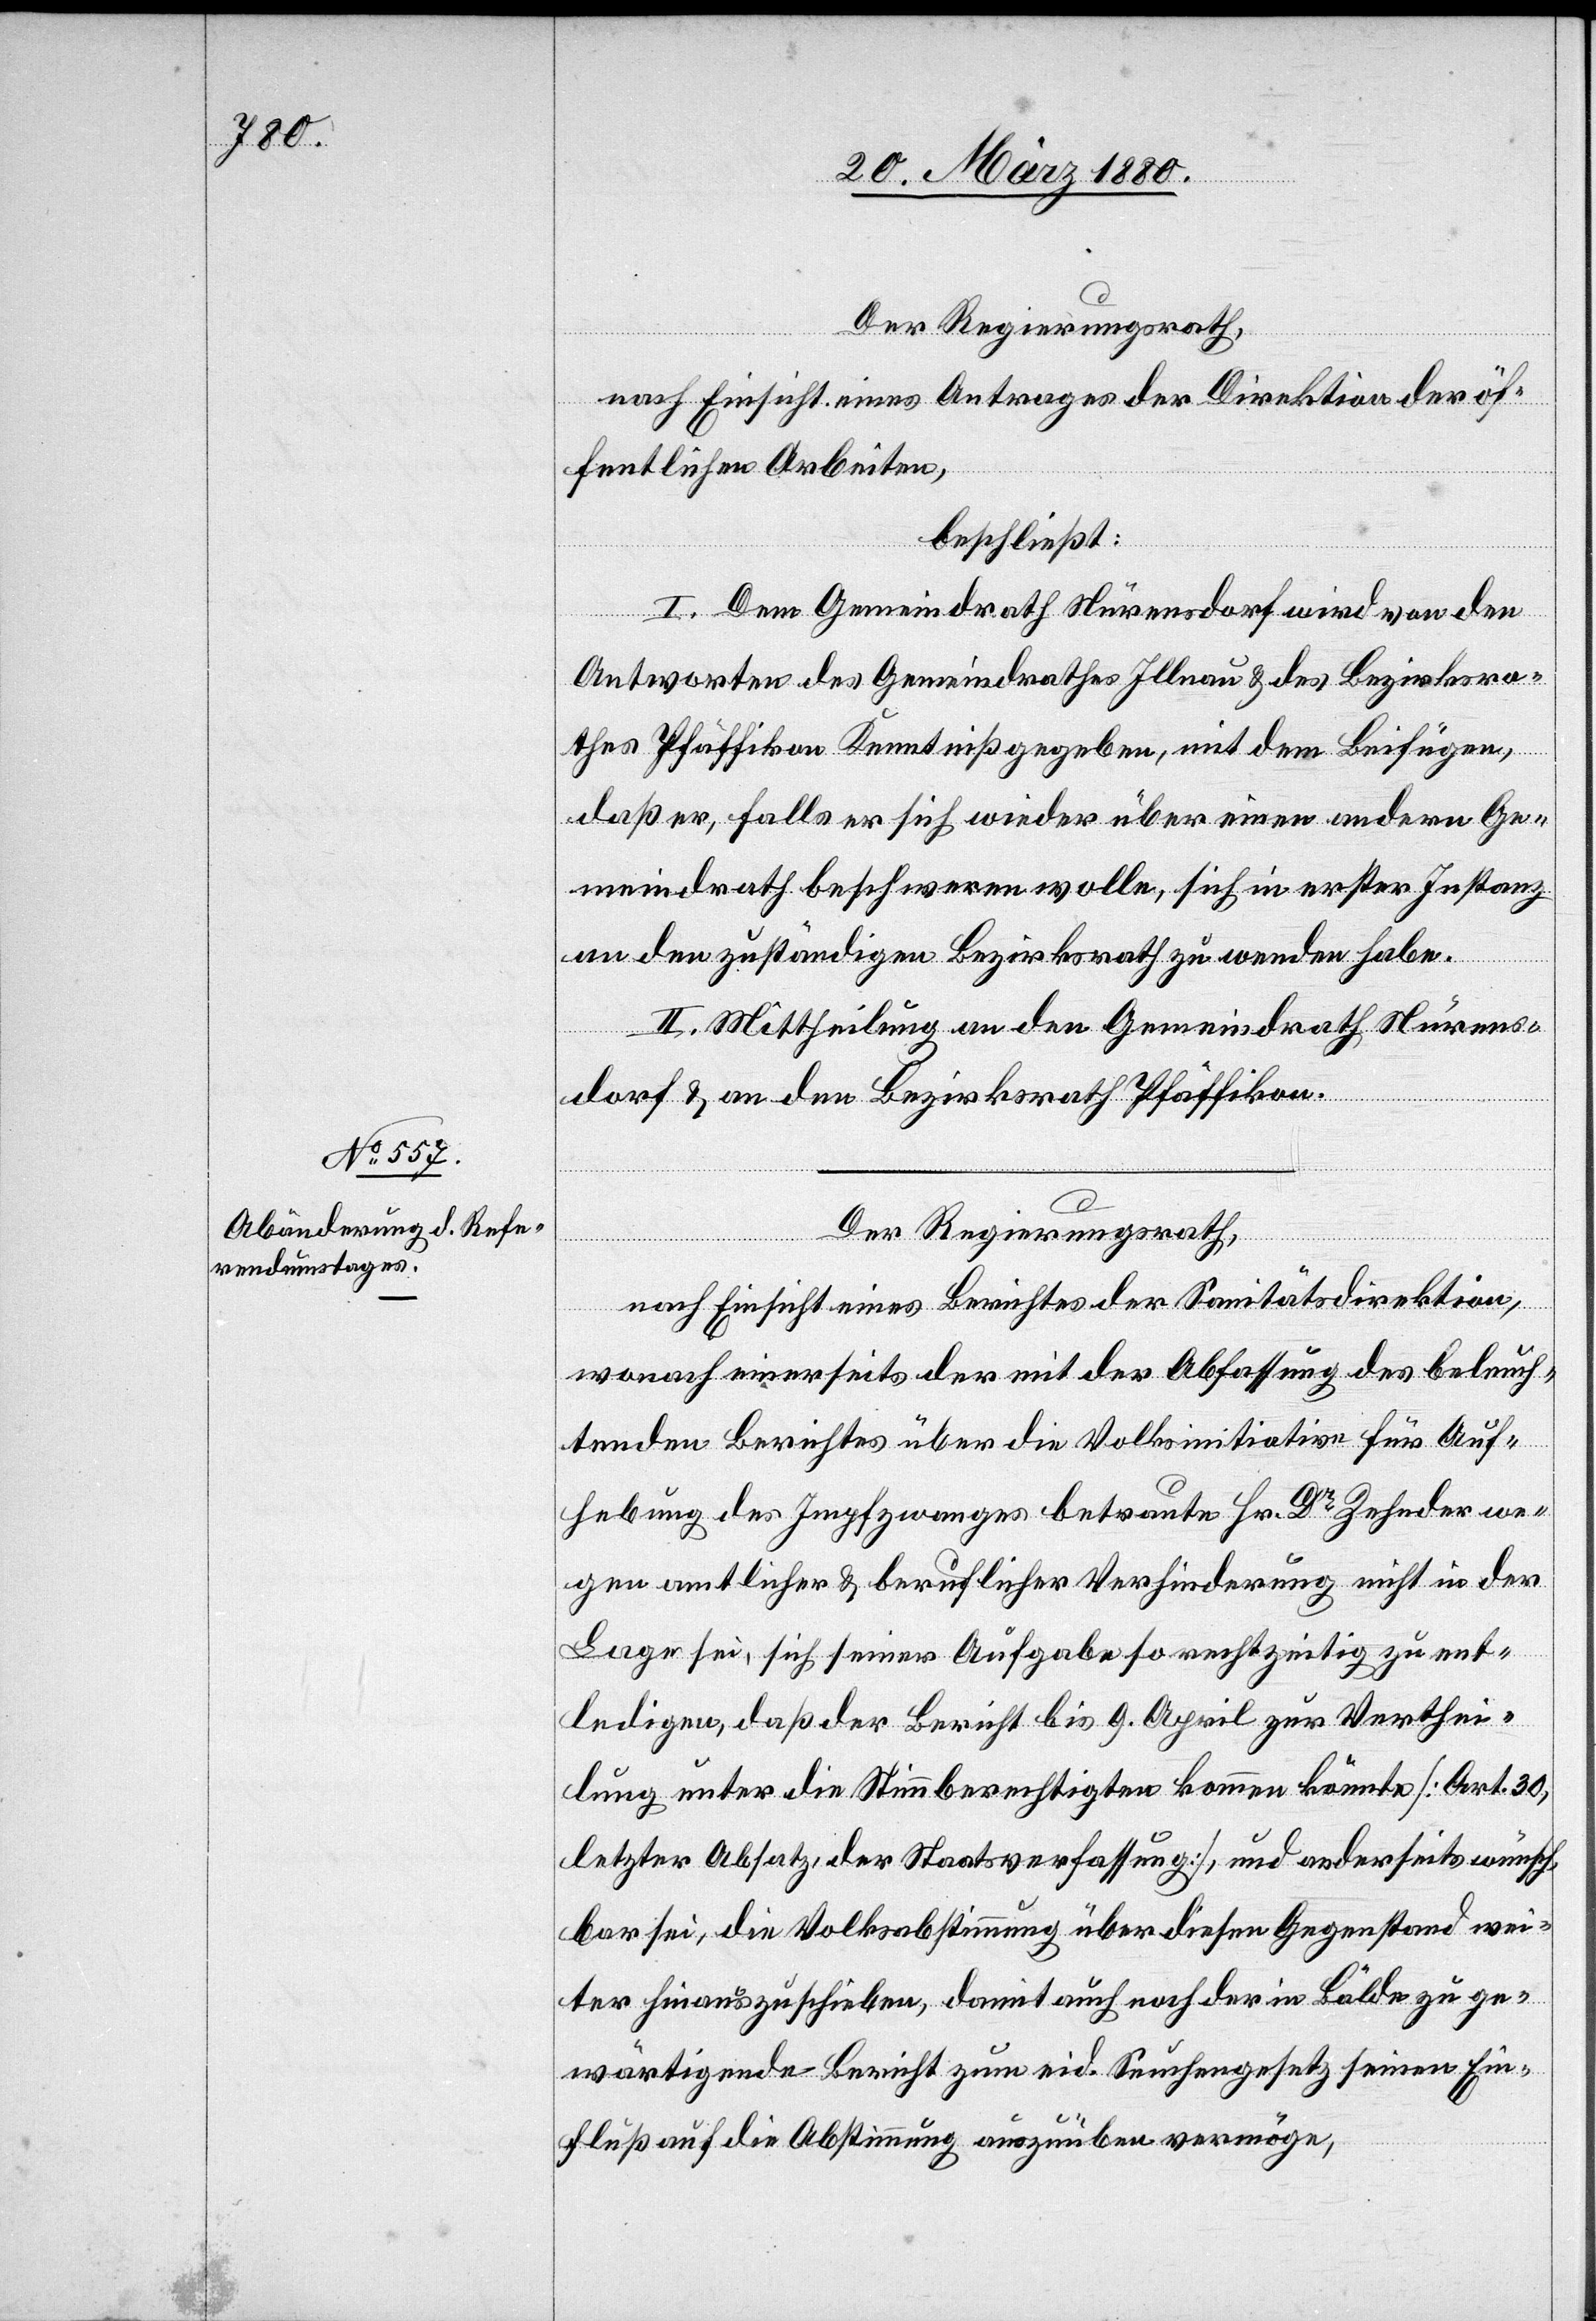
Der Regierungsrath,
nach Einsicht eines Antrages der Direktion der öf¬
fentlichen Arbeiten,
beschließt:
I. Dem Gemeindrath Nürensdorf wird von den
Antworten des Gemeindrathes Illnau & des Bezirksra¬
thes Pfäffikon Kenntniß gegeben, mit dem Beifügen,
daß er falls er sich wieder über einen andern Ge¬
meindrath beschweren wolle, sich in erster Instanz
an den zuständigen Bezirksrath zu wenden habe.
II. Mittheilung an den Gemeindrath Nürens¬
dorf & an den Bezirksrath Pfäffikon.
Der Regierungsrath;
nach Einsicht eines Berichtes der Sanitätsdirektion,
wonach einerseits der mit der Abfassung des beleuch¬
tenden Berichtes über die Volksinitiative für Auf¬
hebung des Impfzwanges betraute Hr. Dr Zehnder we¬
gen amtlicher & beruflicher Verhinderung nicht in der
Lage sei, sich seiner Aufgabe so rechtzeitig zu ent¬
ledigen, daß der Bericht bis 9. April zur Verthei¬
lung unter die Stimmberechtigten kommen könnte [Art. 30,
letzter Absatz der Staatsverfassung], und anderseits wünsch¬
bar sei, die Volksabstimmung über diesen Gegenstand wei¬
ter hinauszuschieben, damit auch noch der in Bälde zu ge¬
wärtigende Bericht zum eid. Seuchengesetz seinen Ein¬
fluß auf die Abstimmung auszuüben vermögen,